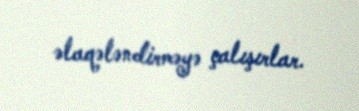
əlaqələndirməyə çalışırlar.